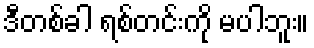
ဒီတစ်ခါ ရစ်တင်းကို မပါဘူး။